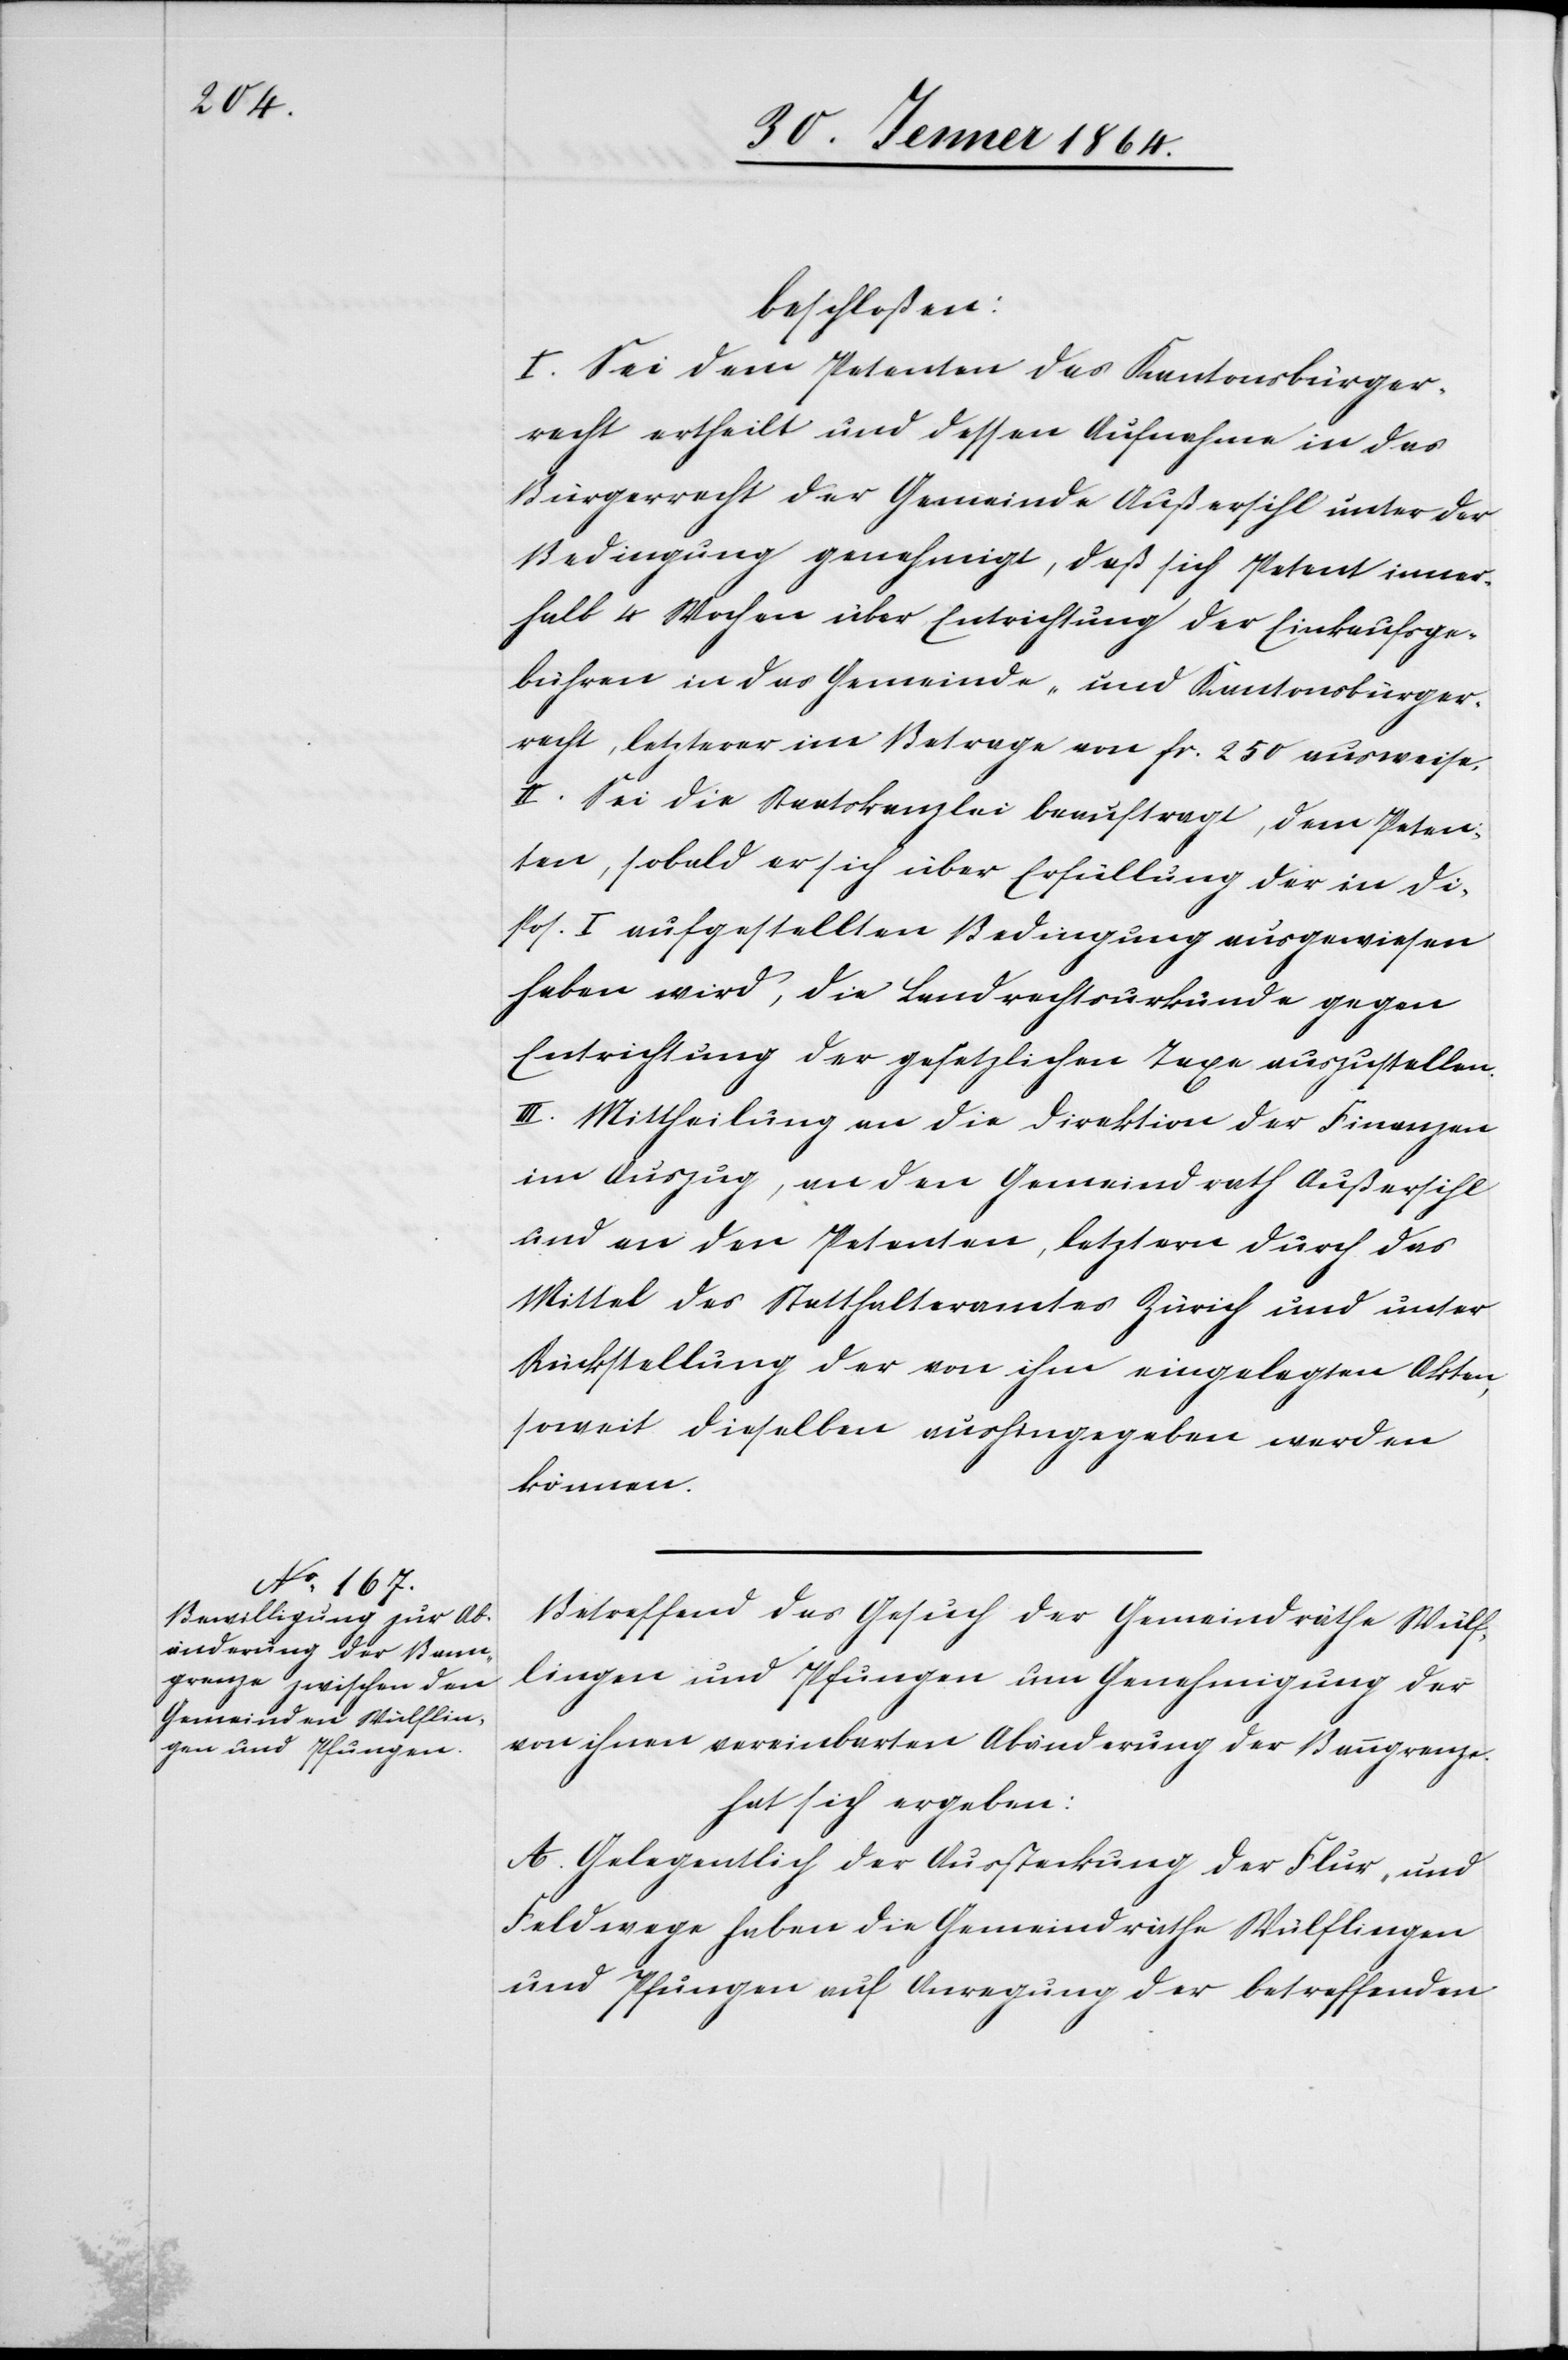
beschlossen:
I. Sei dem Petenten das Kantonsbürger¬
recht ertheilt und dessen Aufnahme in das
Bürgerrecht der Gemeinde Außersihl unter der
Bedingung genehmigt, daß sich Petent inner¬
halb 4 Wochen über Entrichtung der Einkaufsge¬
bühren in das Gemeinde- und Kantonsbürger¬
recht, letzterer im Betrage von fr. 250 ausweise.
II. Sei die Staatskanzlei beauftragt, dem Peten¬
ten, sobald er sich über Erfüllung der in Dis¬
pos. I. aufgestellten Bedingung ausgewiesen
haben wird, die Landrechtsurkunde gegen
Entrichtung der gesetzlichen Taxe zurückzustellen.
III. Mittheilung an die Direktion der Finanzen
im Auszug, an den Gemeindrath Außersihl
und an den Petenten, letztern durch das
Mittel des Statthalteramtes Zürich und unter
Rückstellung der von ihm eingelegten Akten,
soweit dieselben aushingegeben werden
können.
Betreffend das Gesuch der Gemeindräthe Wülf¬
lingen und Pfungen um Genehmigung der
von ihnen vereinbarten Abänderung der Banngrenze
hat sich ergeben:
A. Gelegentlich der Aussteckung der Flur- und
Feldwege haben die Gemeindräthe Wülflingen
und Pfungen auf Anregung der betreffenden